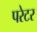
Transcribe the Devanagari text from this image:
परेटर